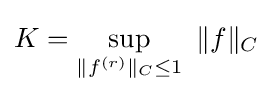
K=\sup _{\|f^{(r)}\|_{C}\leq 1}\ \|f\|_{C}